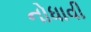
નોધાવી